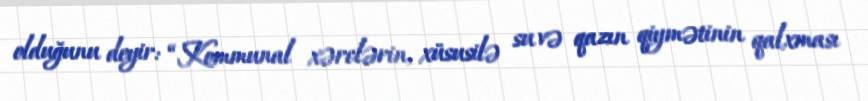
olduğunu deyir: “Kommunal xərclərin, xüsusilə su və qazın qiymətinin qalxması